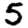
Digit: 5